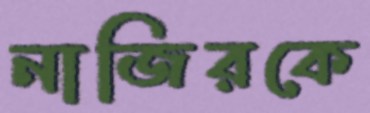
নাজিরকে